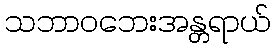
သဘာဝဘေးအန္တရာယ်